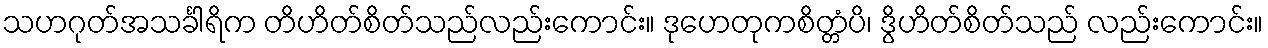
သဟဂုတ်အသင်္ခါရိက တိဟိတ်စိတ်သည်လည်းကောင်း။ ဒုဟေတုကစိတ္တံပိ၊ ဒွိဟိတ်စိတ်သည် လည်းကောင်း။